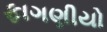
ફાગણીયો